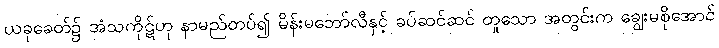
ယခုခေတ်၌ အံသကိုဋ်ဟု နာမည်တပ်၍ မိန်းမဘော်လီနှင့် ခပ်ဆင်ဆင် တူသော အတွင်းက ချွေးမစိုအောင်